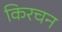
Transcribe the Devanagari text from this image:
किरचन